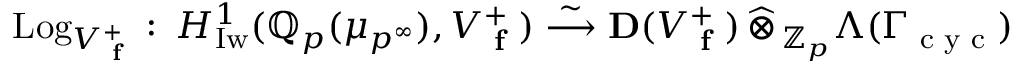
\mathrm { L o g } _ { V _ { \textup { \bf f } } ^ { + } } \, \colon \, H _ { \mathrm { I w } } ^ { 1 } ( { \mathbb { Q } _ { p } } ( \mu _ { p ^ { \infty } } ) , V _ { \textup { \bf f } } ^ { + } ) \stackrel { \sim } { \longrightarrow } { \bf D } ( V _ { \textup { \bf f } } ^ { + } ) { \, \widehat \otimes \, } _ { \mathbb { Z } _ { p } } \Lambda ( \Gamma _ { \textup { c y c } } )